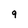
Character: 9